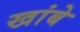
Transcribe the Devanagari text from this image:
खांबे